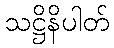
သဋ္ဌိနိပါတ်